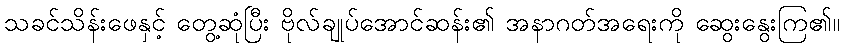
သခင်သိန်းဖေနှင့် တွေ့ဆုံပြီး ဗိုလ်ချုပ်အောင်ဆန်း၏ အနာဂတ်အရေးကို ဆွေးနွေးကြ၏။